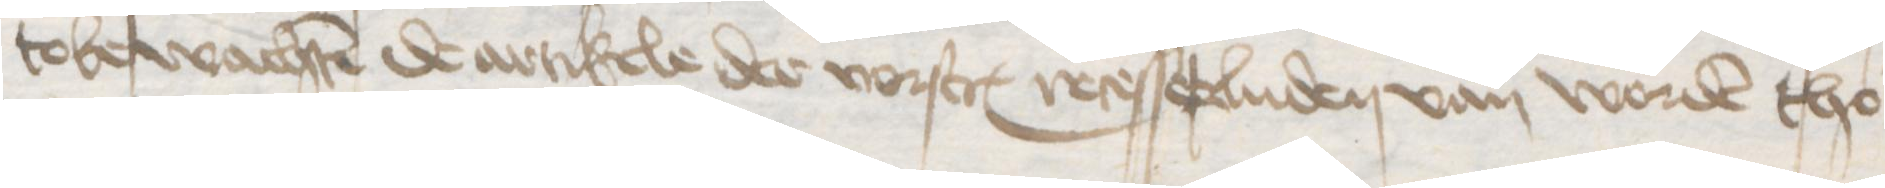
tobewachten de artikele der vorscreuen recesserluden van worden tho